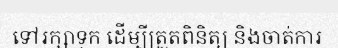
ទៅរក្សាទុក ដើម្បីត្រួតពិនិត្យ និងចាត់ការ